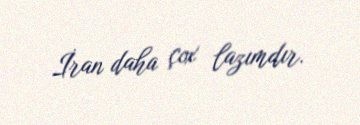
İran daha çox lazımdır.